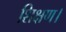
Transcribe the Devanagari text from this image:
शिक्षण।